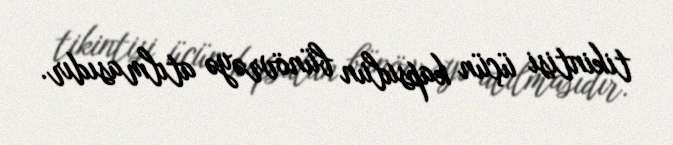
tikintisi üçün kapsulun bünövrəyə atılmasıdır.